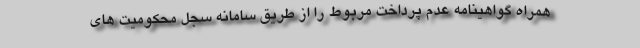
همراه گواهینامه عدم پرداخت مربوط را از طریق سامانه سجل محکومیت های